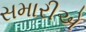
સમારીએ